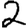
Digit: 2